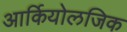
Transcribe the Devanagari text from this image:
आर्कियोलजिक